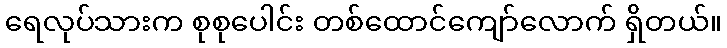
ရေလုပ်သားက စုစုပေါင်း တစ်ထောင်ကျော်လောက် ရှိတယ်။